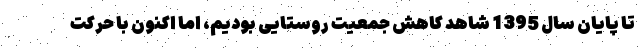
تا پایان سال 1395 شاهد کاهش جمعیت روستایی بودیم، اما اکنون با حرکت